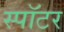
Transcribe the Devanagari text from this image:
स्पॉटर